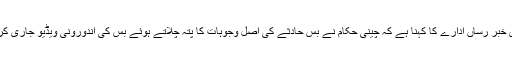
برطانوی خبر رساں ادارے کا کہنا ہے کہ چینی حکام نے بس حادثے کی اصل وجوہات کا پتہ چلاتے ہوئے بس کی اندورونی ویڈیو جاری کردی ہے۔